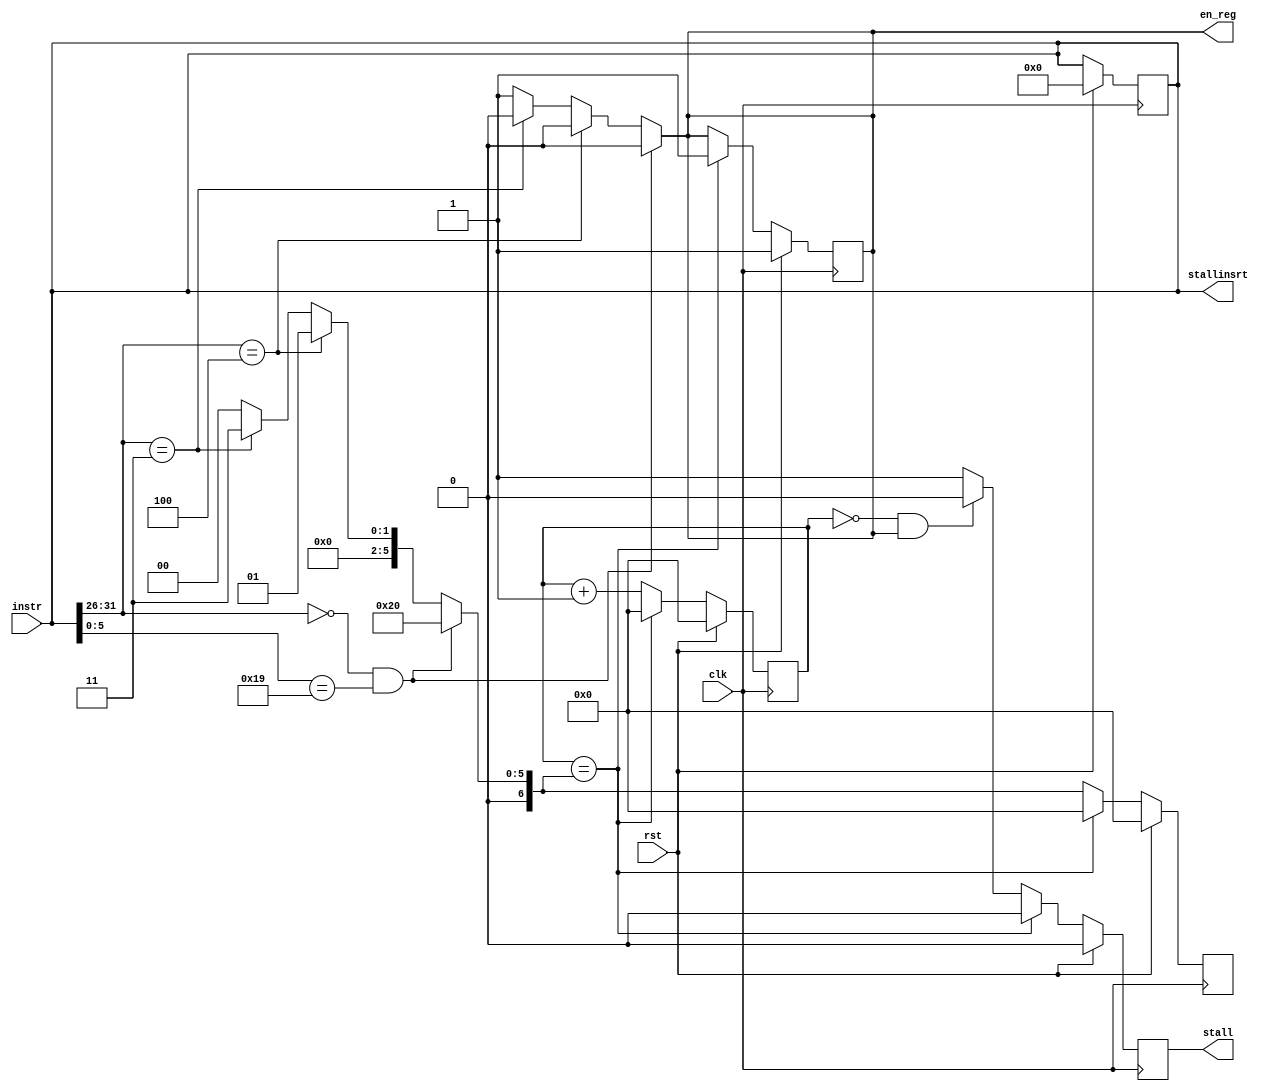
`timescale 1ns/1ns
module Hazard_Detection( clk, rst, stall, en_reg, instr, stallinsrt ) ;
    input clk, rst ;
	input [31:0] instr ;
	output stall, en_reg ;
	output [31:0] stallinsrt ;
	
	parameter NOP = 32'd0;
	parameter BEQ = 6'd4;
	parameter JAL = 6'd3;
	
	reg [31:0] stallinsrt ;
	reg [6:0] amt, count ; 
	reg stall, en_reg ;
	
	always @( instr ) begin
		if ( instr[31:26] == 6'd0 && instr[5:0] == 6'd25 ) begin
		  amt <= 32 ;
		  en_reg <= 1'b0 ;
		  stallinsrt <= instr ;
		end
		else if ( instr[31:26] == BEQ ) begin
		  amt <= 1 ;
		  en_reg <= 1'b0 ;
		  stallinsrt <= instr ;
		end
		else if ( instr[31:26] == JAL ) begin
		  amt <= 3 ;
		  en_reg <= 1'b0 ;
		  stallinsrt <= instr ;
		end
	
		/*
		else if ( instr == NOP ) begin
		  amt <= 1 ;
		  en_reg <= 1'b0 ;
		  stallinsrt <= instr ;
		end
		*/
		else begin
		  amt <= 0 ;
		  en_reg <= 1'b1 ;
		  stallinsrt <= instr ;
		end
	end
	
	always @( posedge clk ) begin
	
		if ( rst ) begin
		  amt <= 0 ;
		  count <= 0 ;
		  en_reg <= 1'b1 ;
		  stall <= 1'b0 ;
		  stallinsrt <= 32'd0 ;
		end
		else begin
		  if ( count == 0 && en_reg == 1'b1 ) stall <= 1'b0 ;
		  else stall <= 1'b1 ;
		
		  count <= count + 1 ;
		  if ( count == amt ) begin
		    amt <= 0 ;
			count <= 0 ;
			en_reg <= 1'b1 ;
			stall <= 1'b0 ;
		  end
		end

	end
	
endmodule